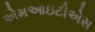
એમઆઇટીએસ